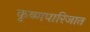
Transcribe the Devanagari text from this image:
कृष्णपारिजात